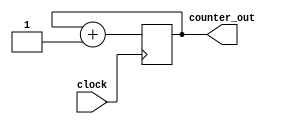
module simple_counter (input clock, output reg [31:0] counter_out);
always @ (posedge clock)
begin
	counter_out <= #1 counter_out +1;
end
endmodule